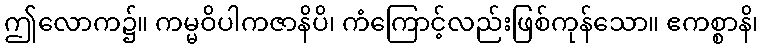
ဤလောက၌။ ကမ္မဝိပါကဇာနိပိ၊ ကံကြောင့်လည်းဖြစ်ကုန်သော။ ဧကစ္စာနိ၊